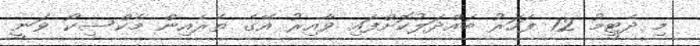
މި ދެޓީމު 12 ފަހަރު ބައްދަލުކޮށްފައި ވާއިރު އޭގެ ތެރެއިން މެކްސިކޯ ވަނީ